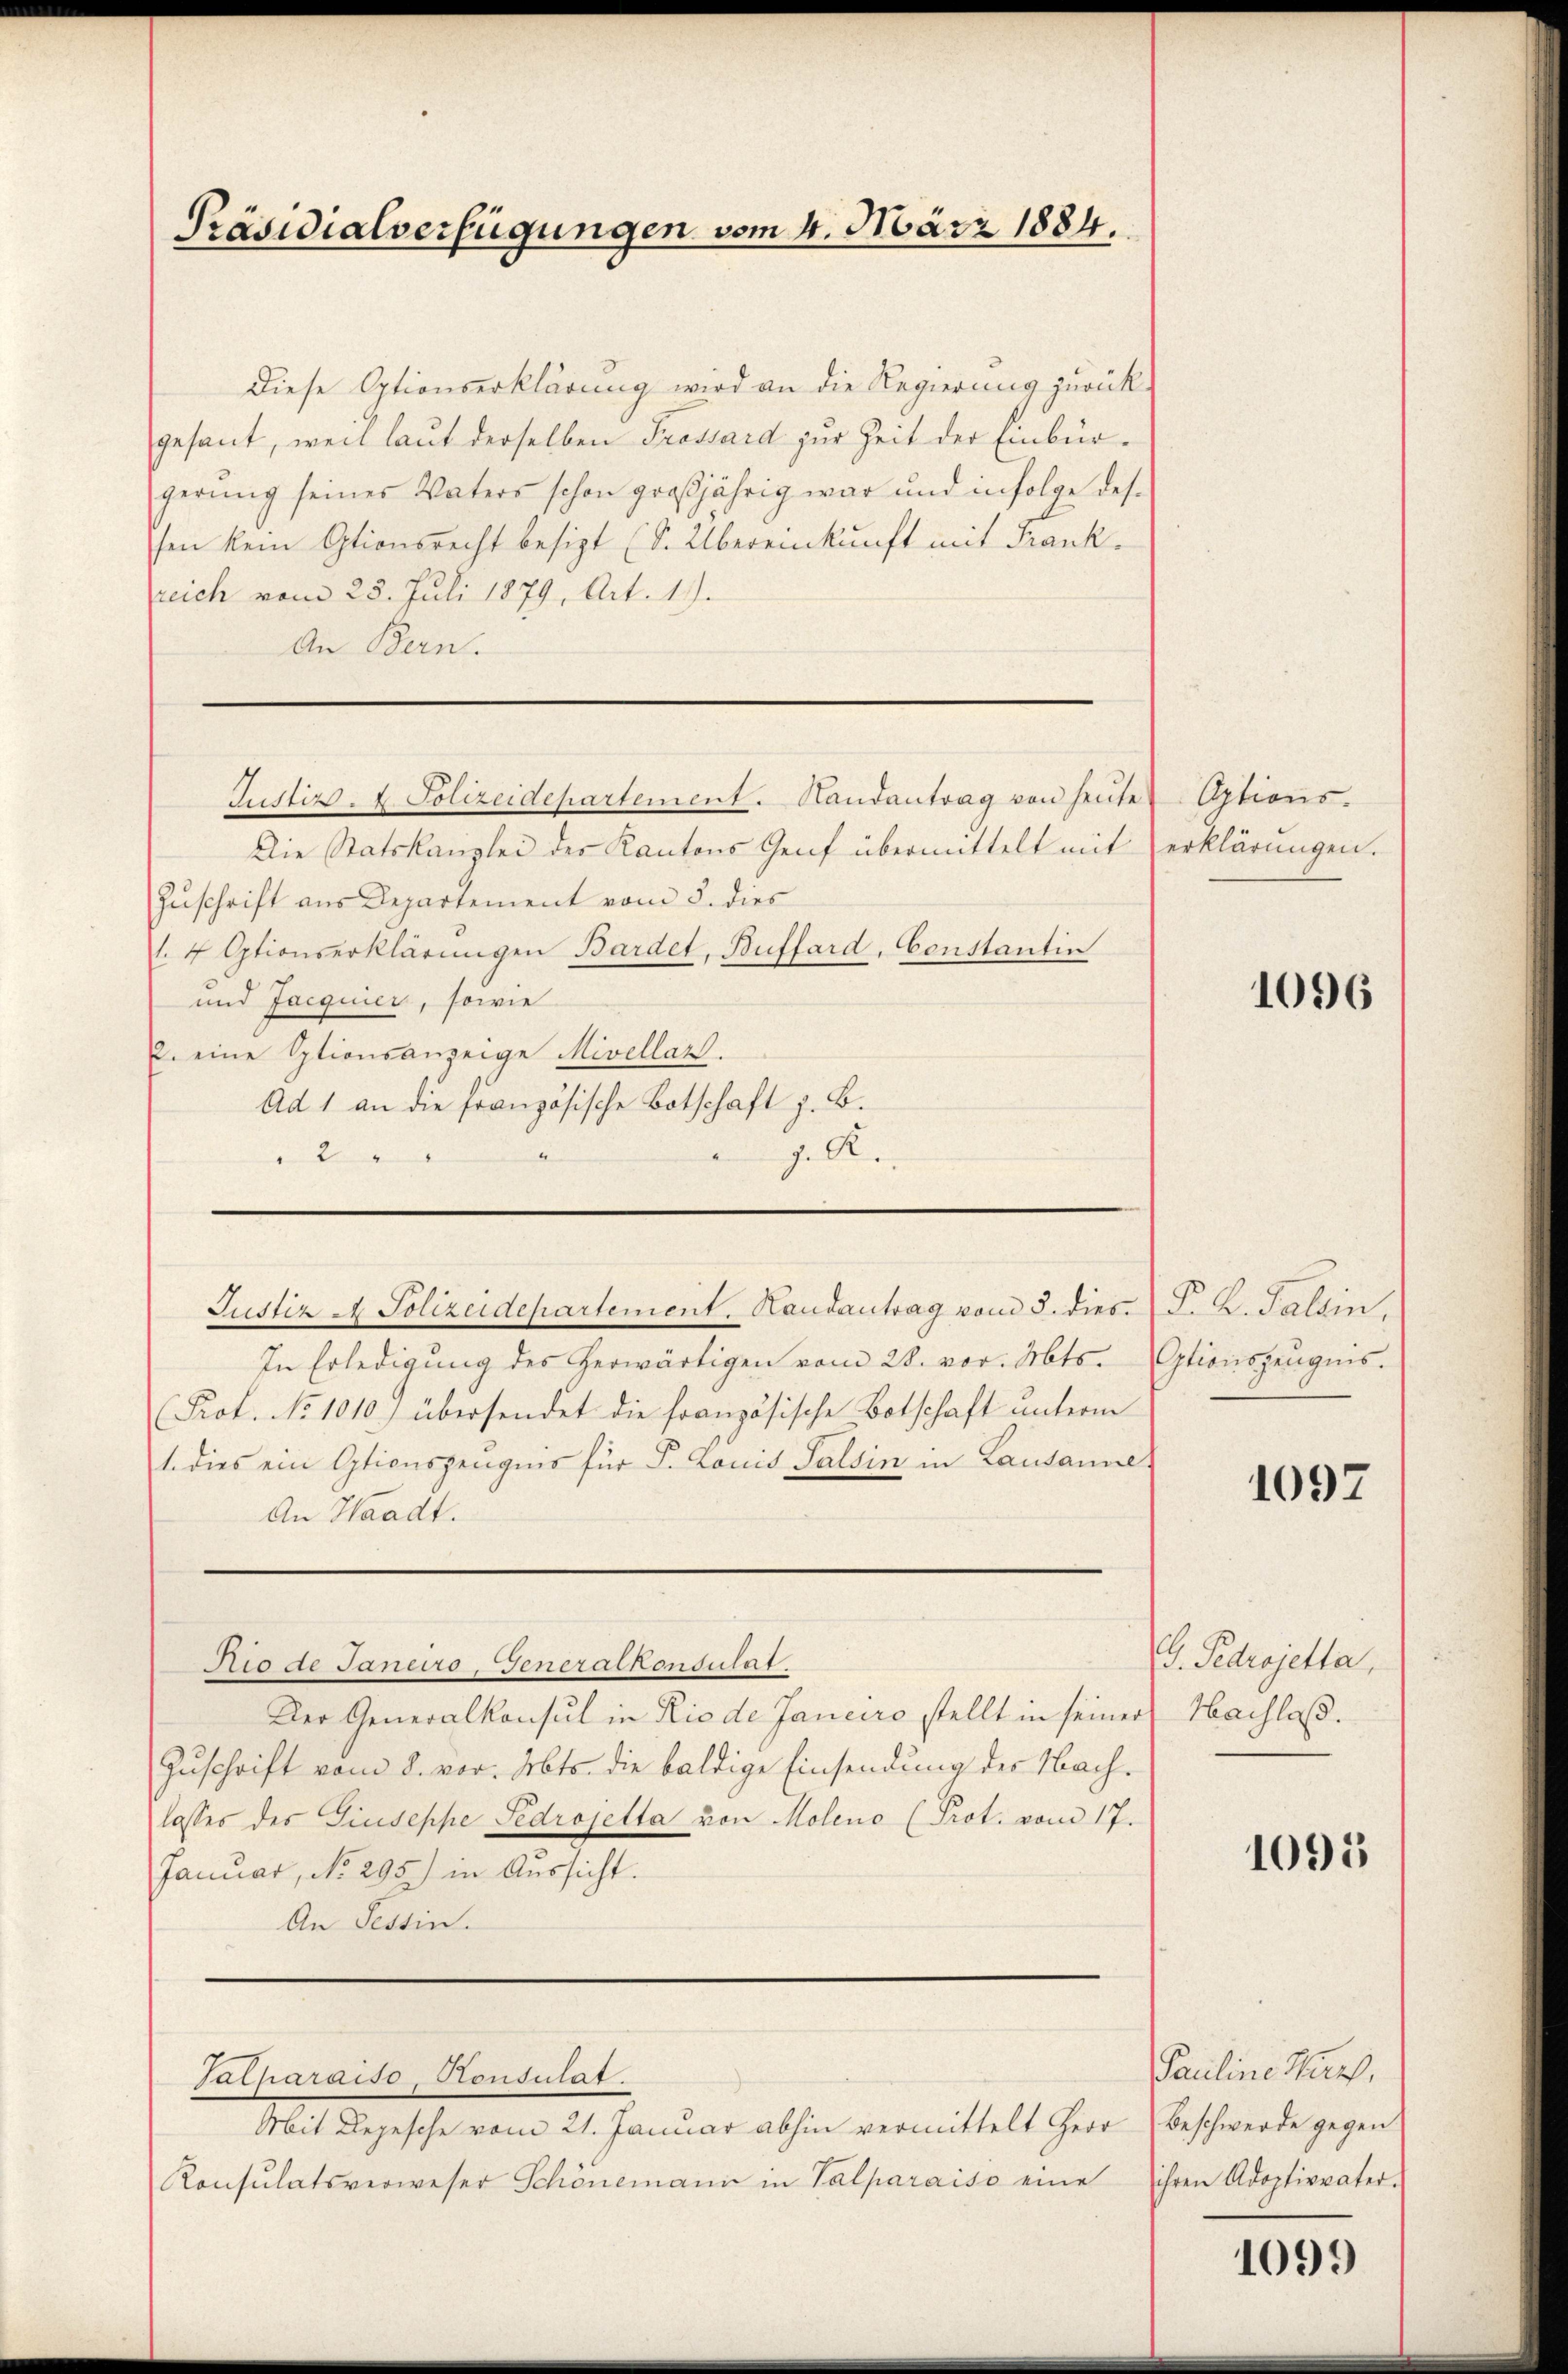
Diese Optionserklärung wird an die Regierung zurück-
gesant, weil laut derselben Trossard zur Zeit der Einbürgerung seines Vaters schon großjährig war und infolge dessen kein Optionsrecht besizt (S. Übereinkunft mit Frankreich vom 25. Juli 1879, Art. 1).
An Bern.

Präsidialverfügungen vom 4. März 1884.

Justiz- & Polizeidepartement. Handantrag von heute

Die Statskanzlei des Kantons Genf übermittelt mit
Zuschrift aus Departement vom 5. dies
1.4 Optionserklärungen Bardet, Buffard, Constantin
und Jacquier, sowie
2. eine Optionsanzeige Mivellaz.
Ad 1 an die französische Botschaft z. B.
2
|
J. R.
Justiz & Polizeidepartement. Handantrag vom 5. dies. (T. K. Talsin.
In Erledigung des herwärtigen vom 28. vor. Mts. Optionszeugnis.
Prof. No 1010.) übersendet die französische Botschaft unterm
1. dies ein Optionszeugnis für P. Louis Falsin in Lausanne
An Waadt.

Talparaiso, Konsulat

Rio de Janeiro, Generalkonsulat
Der Generalkonsul in Rio de Janeiro stellt in seiner Nachlaß.
Zuschrift vom 8. vor. Mts. die baldige Einsendung der Nachlasses des Giuseppe Sedrojetta von Moleno (Prot. vom 17.
Januar, No. 295.) in Aussicht.
An Tessin.

Mit Depesche vom 21. Januar abhin vermittelt Herr
Konsulatsverweser Schönemann in Talparaiso eine

Options.
erklärungen.

1096

1097

. Pedrojetta,

1095

Pauline Wirth,
Beschwerde gegen
ihren Adoptivvater.

1099